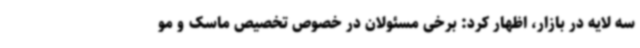
سه لایه در بازار، اظهار کرد: برخی مسئولان در خصوص تخصیص ماسک و مو